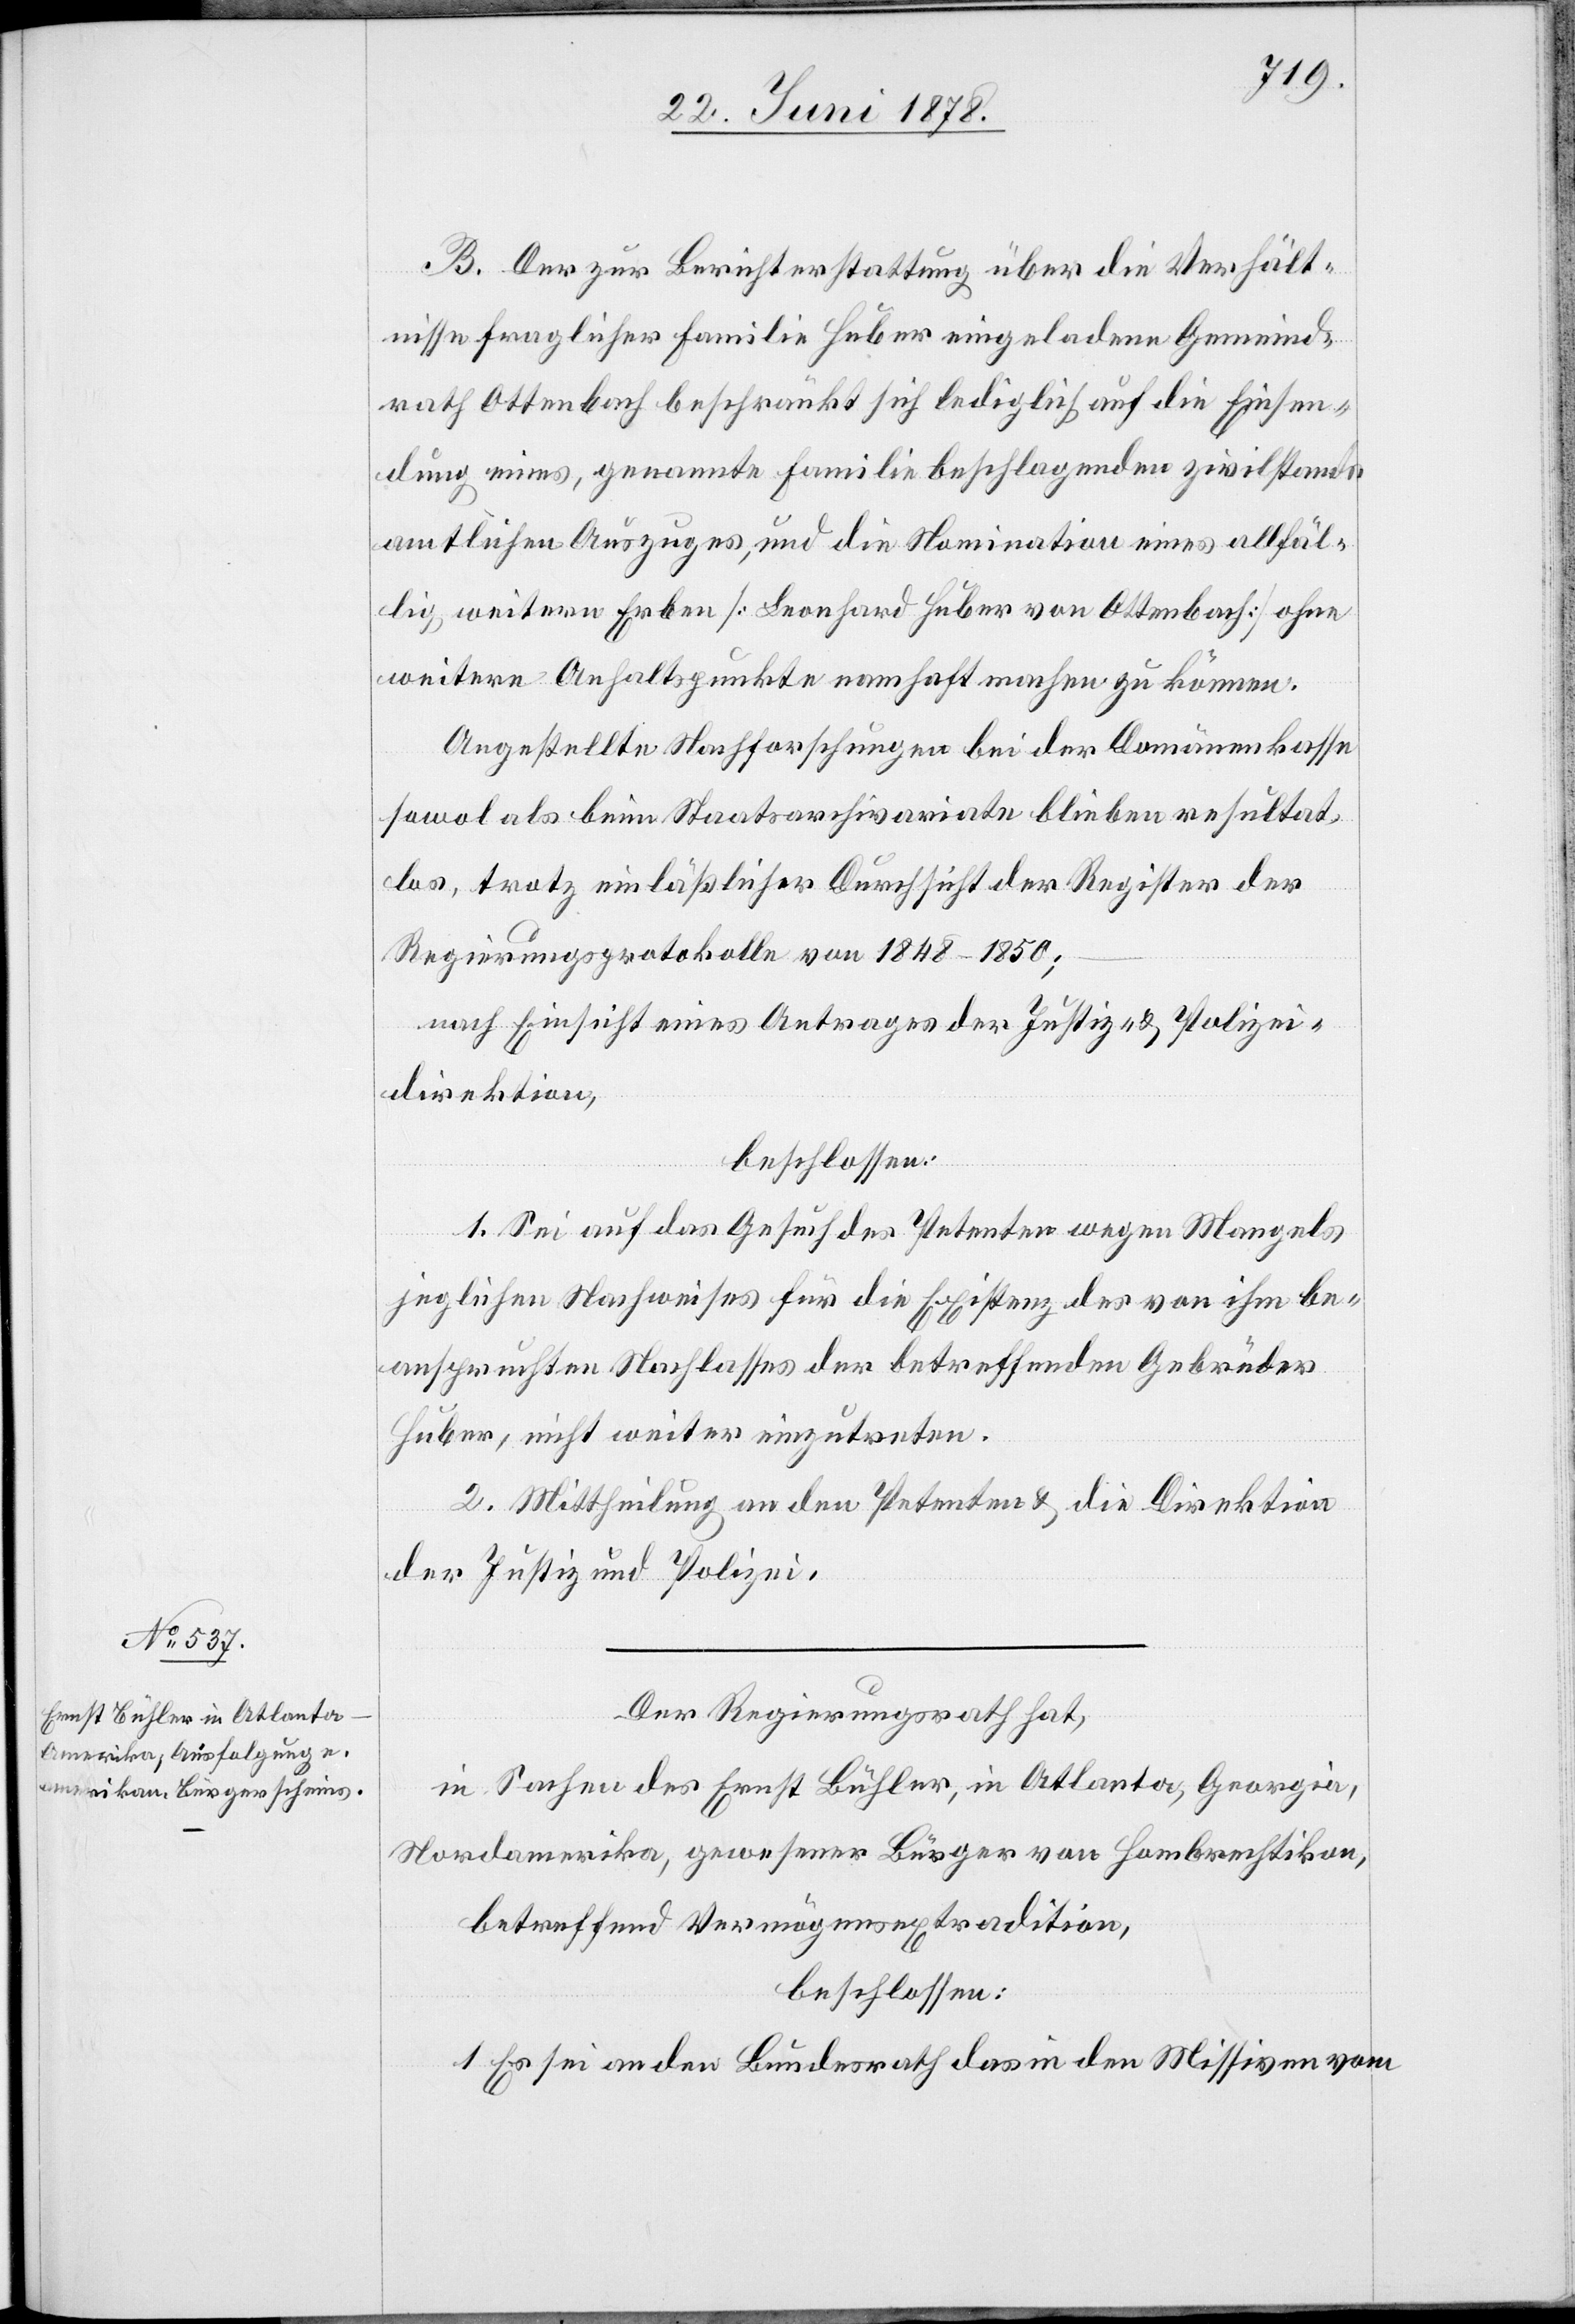
B. Der zur Berichterstattung über die Verhält¬
nisse fraglicher Familie Huber eingeladene Gemeind¬
rath Ottenbach beschränkt sich lediglich auf die Einsen¬
dung eines, genannte Familie beschlagenden zivilstands¬
amtlichen Auszuges, und die Nomination eines allfäl¬
lig weitern Erben [Leonhard Huber von Ottenbach] ohne
weitere Anhaltspunkte namhaft machen zu können.
Angestellte Nachforschungen bei der Domänenkasse
sowol als beim Staatsarchivariate blieben resultat¬
los, trotz einläßlicher Durchsicht der Register der
Regierungsprotokolle von 1848–1850;
nach Einsicht eines Antrages der Justiz- & Polizei¬
direktion,
beschlossen:
1. Sei auf das Gesuch des Petenten wegen Mangels
jeglichen Nachweises für die Existenz des von ihm be¬
anspruchten Nachlasses der betreffenden Gebrüder
Huber, nicht weiter einzutreten.
2. Mittheilung an den Petenten & die Direktion
der Justiz und Polizei.
Der Regierungsrath hat,
in Sachen des Ernst Bühler, in Atlanta, Georgia,
Nordamerika, gewesener Bürger von Hombrechtikon,
betreffend Vermögensextradition,
beschlossen:
1. Es sei an den Bundesrath das in den Missiven vom